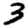
Digit: 3